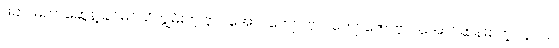
ဖခင် မဟာဆွေနဲ့ ခင်မင်သိကျွမ်းတဲ့ ဗိုလ်အောင်ကျော်၊ ဗိုလ်ကျော်ဇော၊ ဗိုလ်အောင်ဆန်းစတဲ့ လူငယ်